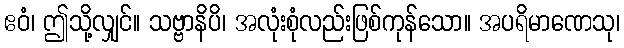
ဧဝံ၊ ဤသို့လျှင်။ သဗ္ဗာနိပိ၊ အလုံးစုံလည်းဖြစ်ကုန်သော။ အပရိမာဏေသု၊